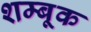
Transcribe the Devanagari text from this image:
शम्बूक